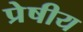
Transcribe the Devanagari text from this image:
प्रेषीय